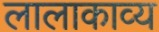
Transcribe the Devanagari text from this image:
लालाकाव्य